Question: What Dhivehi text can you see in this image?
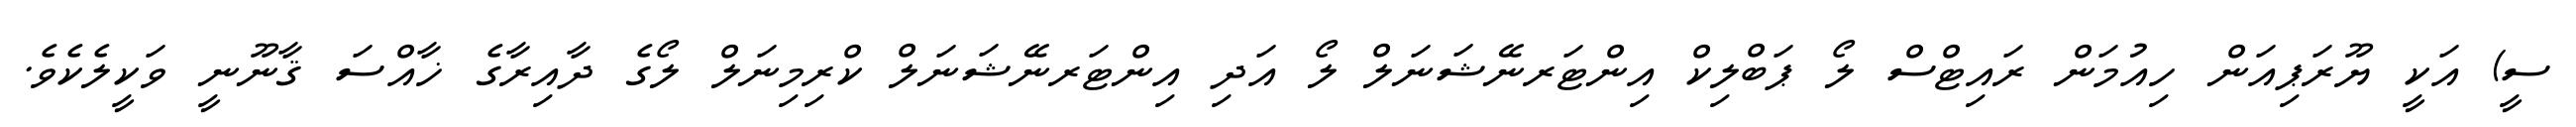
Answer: ސީ) އަކީ ޔޫރަޕިއަން ހިއުމަން ރައިޓްސް ލޯ ޕަބްލިކް އިންޓަރނޭޝަނަލް ލޯ އަދި އިންޓަރނޭޝަނަލް ކްރިމިނަލް ލޯގެ ދާއިރާގެ ޚާއްސަ ޤާނޫނީ ވަކީލެކެވެ.